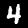
Digit: 4